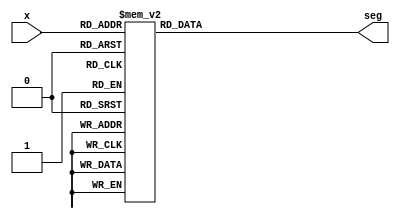
`timescale 1ns / 1ps

module bcdto7segment_dataflow(
           input [3: 0] x,
           output reg [6: 0] seg
       );

always @(x)
begin
    case (x)
        4'b0000 : seg <= 7'b1000000;
        4'b0001 : seg <= 7'b1111001;
        4'b0010 : seg <= 7'b0100100;
        4'b0011 : seg <= 7'b0110000;
        4'b0100 : seg <= 7'b0011001;
        4'b0101 : seg <= 7'b0010010;
        4'b0110 : seg <= 7'b0000010;
        4'b0111 : seg <= 7'b1111000;
        4'b1000 : seg <= 7'b0000000;
        4'b1001 : seg <= 7'b0011000;
        4'b1010 : seg <= 7'b0001000;
        4'b1011 : seg <= 7'b0000011;
        4'b1100 : seg <= 7'b1000110;
        4'b1101 : seg <= 7'b0100001;
        4'b1110 : seg <= 7'b0000110;
        4'b1111 : seg <= 7'b0001110;
    endcase
end

endmodule